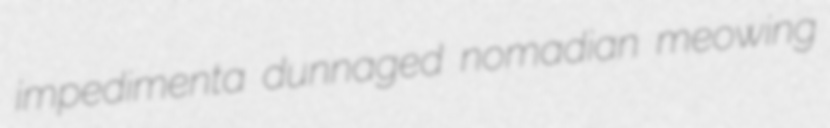
impedimenta dunnaged nomadian meowing